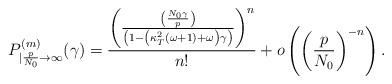
LaTeX: \begin{align*}P^{(m)}_{|\frac{p}{N_{0}}\rightarrow \infty}(\gamma_{})=\frac{\left(\frac{\left(\frac{N_{0}\gamma_{}}{p}\right)}{\left(1-\left(\kappa^{2}_{T}(\omega+1)+\omega\right)\gamma_{}\right)}\right)^{n}}{n!}+o\left(\left(\frac{p}{N_{0}}\right)^{-n}\right).\end{align*}